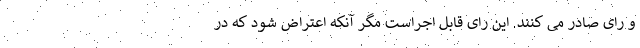
و رای صادر می کنند. این رای قابل اجراست مگر آنکه اعتراض شود که در